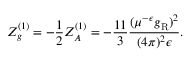
Z _ { g } ^ { ( 1 ) } = - \frac 1 2 Z _ { A } ^ { ( 1 ) } = - \frac { 1 1 } 3 \frac { ( \mu ^ { - \epsilon } g _ { \mathrm { R } } ) ^ { 2 } } { ( 4 \pi ) ^ { 2 } \epsilon } .